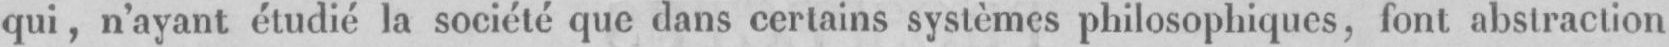
qui, n’ayant étudie la société que dans certains systèmes philosophiques, font abstraction